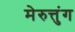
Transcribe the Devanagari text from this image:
मेरुत्तुंग